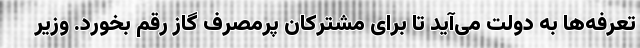
تعرفه‌ها به دولت می‌آید تا برای مشترکان پرمصرف گاز رقم بخورد. وزیر